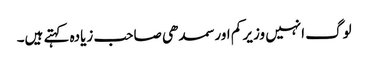
لوگ انہیں وزیر کم اور سمدھی صاحب زیادہ کہتے ہیں۔